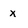
Character: x